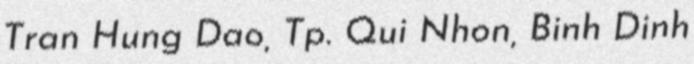
Tran Hung Dao, Tp. Qui Nhon, Binh Dinh